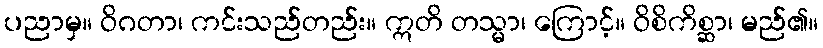
ပညာမှ။ ဝိဂတာ၊ ကင်းသည်တည်း။ ဣတိ တသ္မာ၊ ကြောင့်။ ဝိစိကိစ္ဆာ၊ မည်၏။